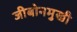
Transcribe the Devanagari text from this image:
जीबोनमुखी